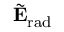
\tilde { \mathbf { E } } _ { \mathrm { { r a d } } }